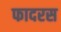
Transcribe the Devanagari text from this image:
फादरस